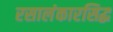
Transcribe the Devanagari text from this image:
रसालंकारसिद्ध